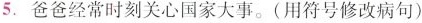
5.爸爸经常时刻关心国家大事。(用符号修改病句)